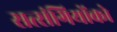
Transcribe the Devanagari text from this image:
सत्‍संगियोंको